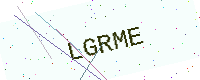
Text: LGRME